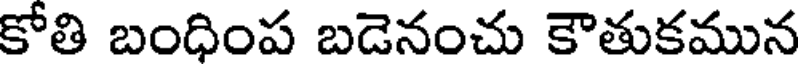
కోతి బంధింప బడెనంచు కౌతుకమున